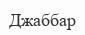
Джаббар